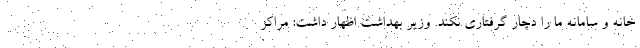
خانه و سامانه ما را دچار گرفتاری نکند. وزیر بهداشت اظهار داشت: مراکز